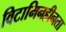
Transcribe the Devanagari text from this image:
विटामिनहीनता